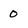
Character: 0